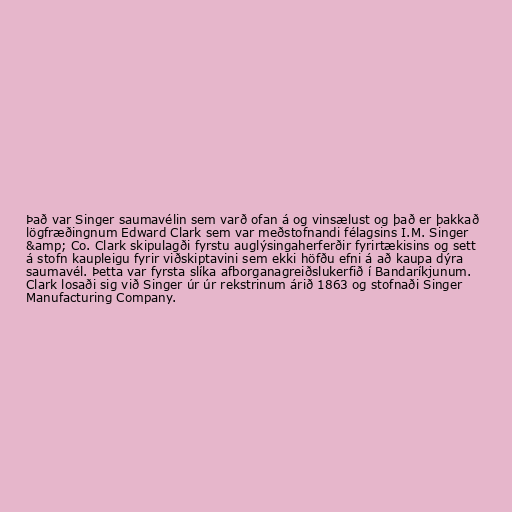
Það var Singer saumavélin sem varð ofan á og vinsælust og það er þakkað
lögfræðingnum Edward Clark sem var meðstofnandi félagsins I.M. Singer
&amp; Co. Clark skipulagði fyrstu auglýsingaherferðir fyrirtækisins og sett
á stofn kaupleigu fyrir viðskiptavini sem ekki höfðu efni á að kaupa dýra
saumavél. Þetta var fyrsta slíka afborganagreiðslukerfið í Bandaríkjunum.
Clark losaði sig við Singer úr úr rekstrinum árið 1863 og stofnaði Singer
Manufacturing Company.